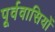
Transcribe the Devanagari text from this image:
पूर्ववासियों